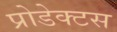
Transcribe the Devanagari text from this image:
प्रोडेक्टस